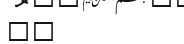
٥٤